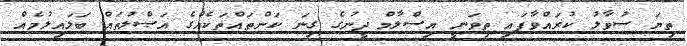
ތިޔަ ސުވާލު ކުރައްވާފައި ތިވަނީ އިސްލާމް ދީނުގެ ގިނަ ކަންތައްތަކެއްގެ އަޞްލުތައް ބަލައިލުމެއް